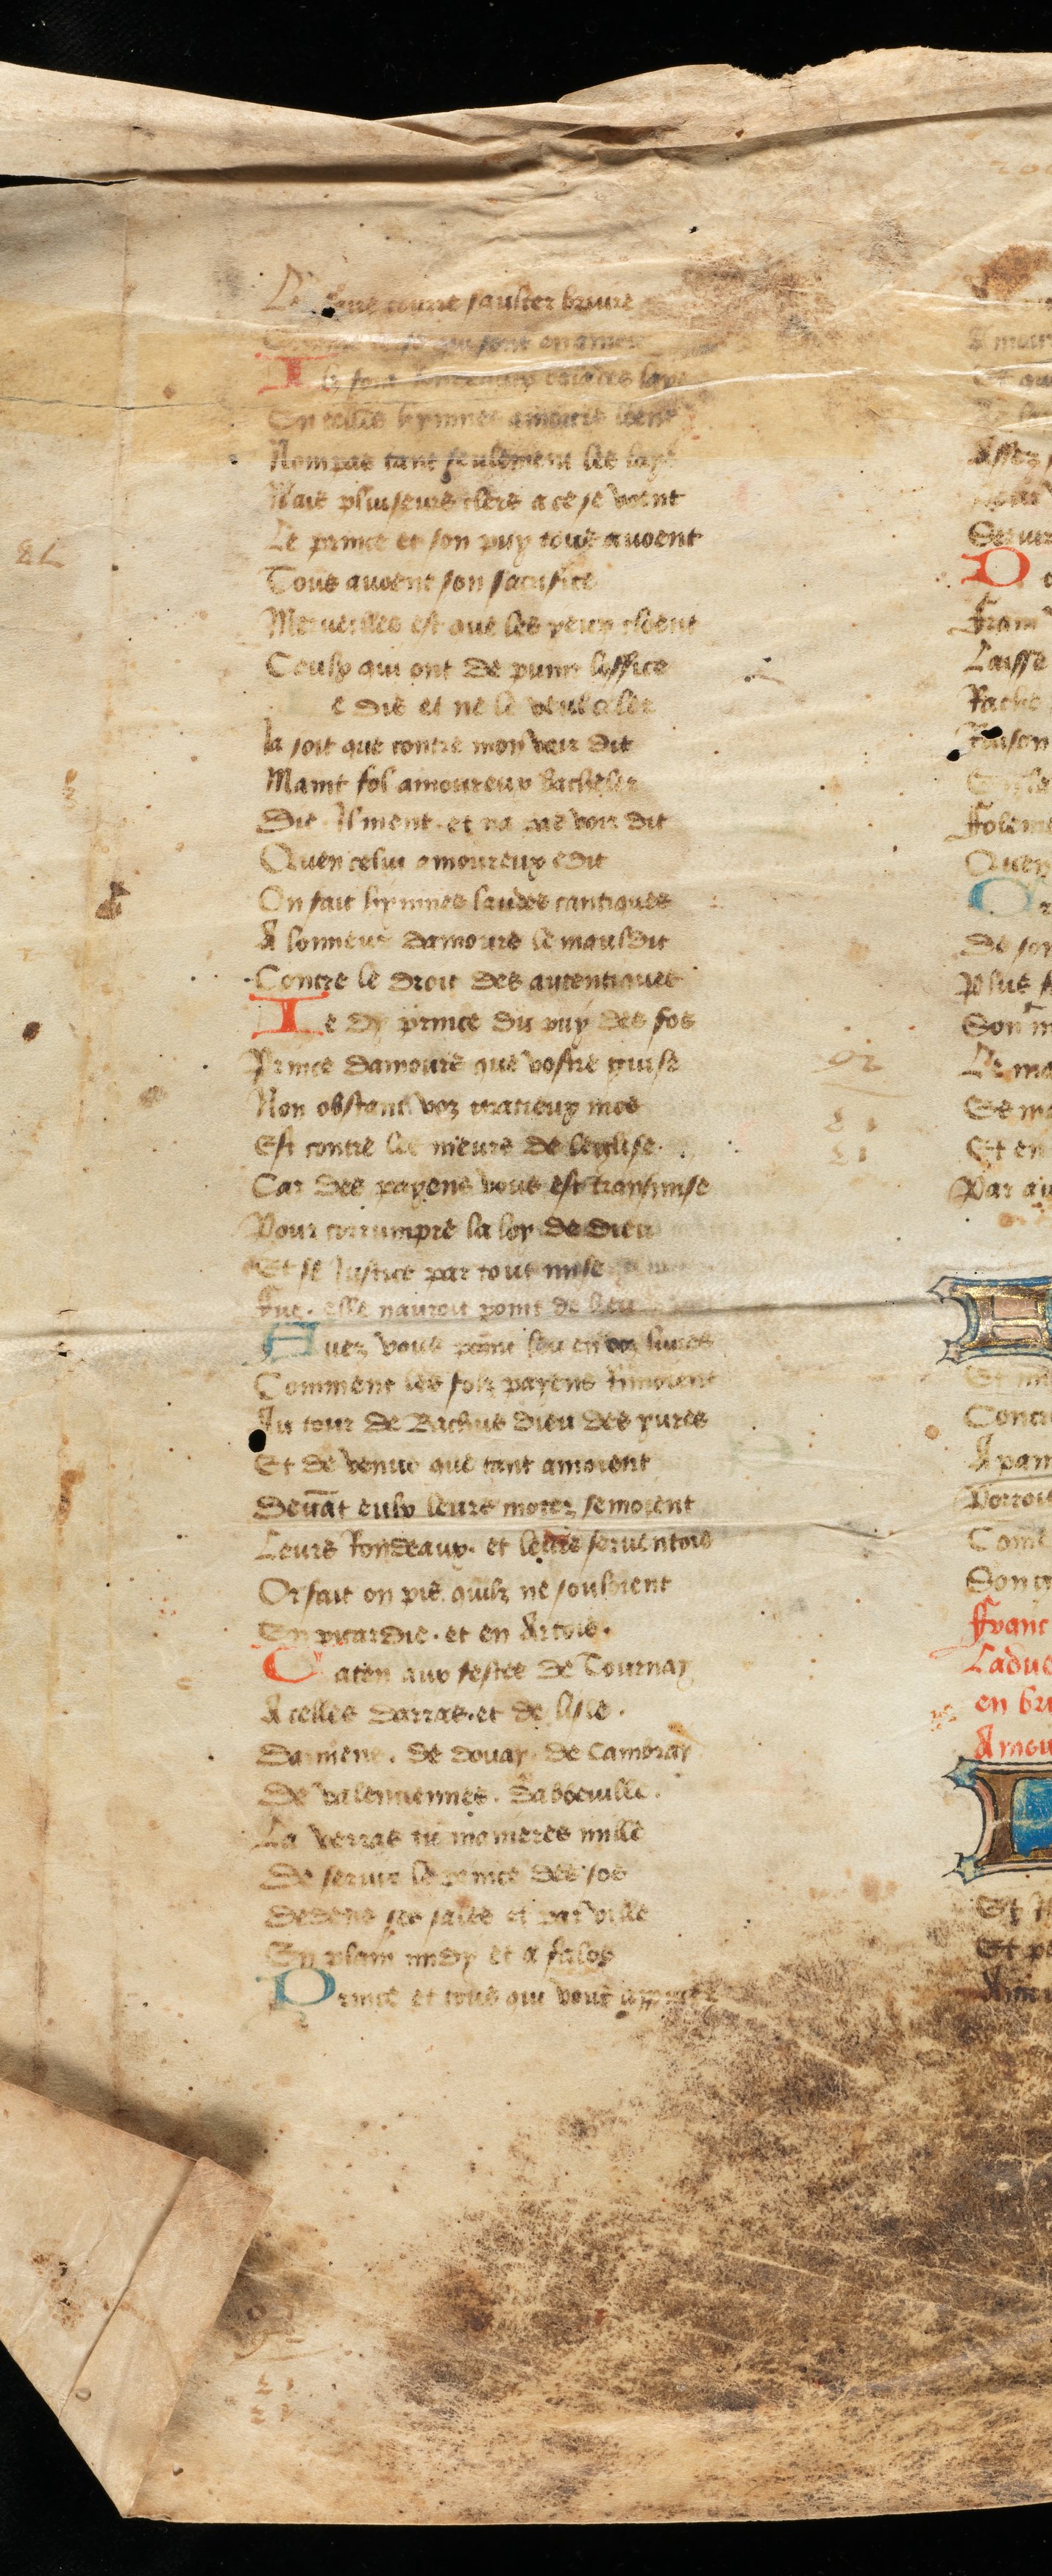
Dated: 1442–1480